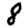
Digit: 8